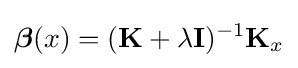
{\boldsymbol {\beta }}(x)=(\mathbf {K} +\lambda \mathbf {I} )^{-1}\mathbf {K} _{x}